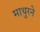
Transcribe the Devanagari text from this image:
माथुरने